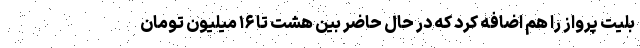
بلیت پرواز را هم اضافه کرد که در حال حاضر بین هشت تا ۱۶ میلیون تومان